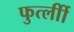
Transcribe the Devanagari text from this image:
फुर्त्लीी